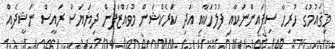
މިޤައުމުގެ ހުރިހާ ސިފައިންނަކާއި ފުލުހަކާއި އަދި ކަރެކްޝަން މުވައްޒަފުން ދިޔަޔަސް ރައީސް ނަޝީދެއް